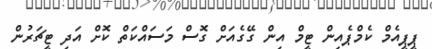
ޕީޕީއެމް ކެމްޕެއިން ޓީމް އިން ގޭގެއަށް ގޮސް މަސައްކަތް ކޮށް އަދި ޓީޗަރުން